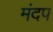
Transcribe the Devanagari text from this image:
मंदप